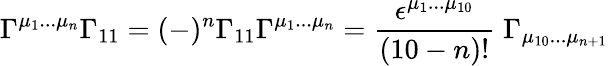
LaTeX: \Gamma^{\mu_{1}...\mu_{n}}\Gamma_{11}=(-)^{n}\Gamma_{11}\Gamma^{\mu_{1}...\mu_{n}}={\frac{\epsilon^{\mu_{1}...\mu_{10}}}{(10-n)!}}\; \Gamma_{\mu_{10}...\mu_{n+1}}